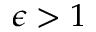
\epsilon > 1